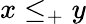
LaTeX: x\leq_{+}y